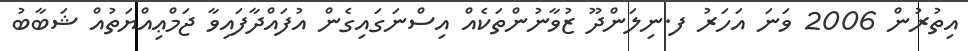
އިތުރުން 2006 ވަނަ އަހަރު ފ.ނިލަންދޫ ޒުވާނުންތަކެއް އިސްނަގައިގެން އުފައްދާފައިވާ ޖަމްޢިއްޔަތުއް ޝަބާބު